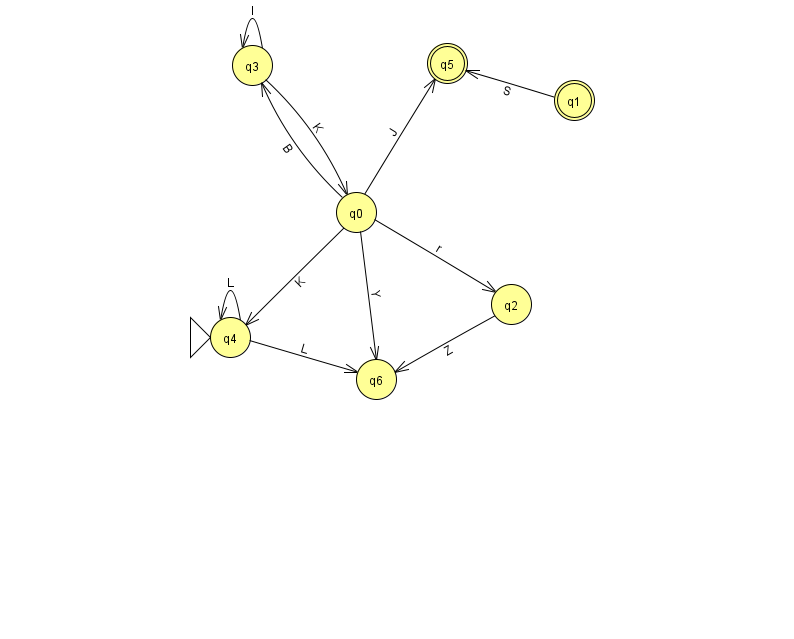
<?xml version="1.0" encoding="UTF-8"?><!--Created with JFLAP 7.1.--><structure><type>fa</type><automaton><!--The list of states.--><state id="0" name="q0"><x>356.0</x><y>199.0</y></state><state id="1" name="q1"><x>574.0</x><y>87.0</y><final/></state><state id="2" name="q2"><x>511.0</x><y>291.0</y></state><state id="3" name="q3"><x>252.0</x><y>52.0</y></state><state id="4" name="q4"><x>230.0</x><y>324.0</y><initial/></state><state id="5" name="q5"><x>447.0</x><y>50.0</y><final/></state><state id="6" name="q6"><x>376.0</x><y>366.0</y></state><!--The list of transitions.--><transition><from>0</from><to>5</to><read>J</read></transition><transition><from>0</from><to>3</to><read>B</read></transition><transition><from>0</from><to>4</to><read>K</read></transition><transition><from>0</from><to>6</to><read>Y</read></transition><transition><from>0</from><to>2</to><read>r</read></transition><transition><from>3</from><to>3</to><read>l</read></transition><transition><from>4</from><to>4</to><read>L</read></transition><transition><from>3</from><to>0</to><read>K</read></transition><transition><from>4</from><to>6</to><read>L</read></transition><transition><from>1</from><to>5</to><read>S</read></transition><transition><from>2</from><to>6</to><read>Z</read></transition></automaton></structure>